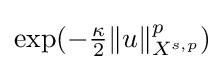
\exp(-{\tfrac {\kappa }{2}}\|u\|_{X^{s,p}}^{p})